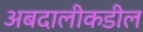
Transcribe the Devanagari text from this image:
अबदालीकडील